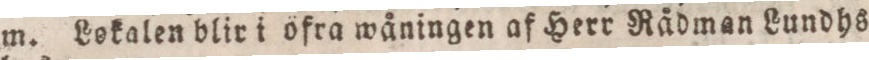
m. Lokalen blir i öfra wåningen af Herr Rådman Lundhs